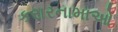
કરારનામાઓ